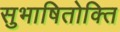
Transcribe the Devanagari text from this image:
सुभाषितोक्ति